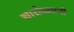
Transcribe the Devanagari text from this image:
चारोळ्यानी